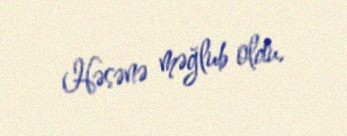
Həsənə məğlub oldu.